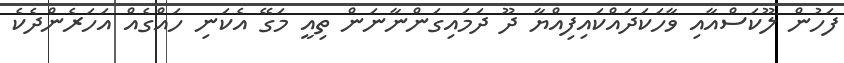
ފަހުން ލޫކަސްއާއި ވާހަކަދައްކައިފިއްޔާ ދޫ ދަމައިގަންނާނަން ތިއީ މަގޭ އެކަނި ހައްގެއް އަހަރެންދެކެ